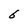
Character: 6